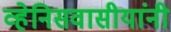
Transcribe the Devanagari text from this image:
व्हेनिसवासीयांनी